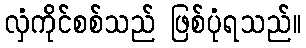
လှံကိုင်စစ်သည် ဖြစ်ပုံရသည်။